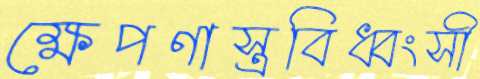
ক্ষেপণাস্ত্রবিধ্বংসী